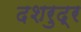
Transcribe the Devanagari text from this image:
दशरुद्र